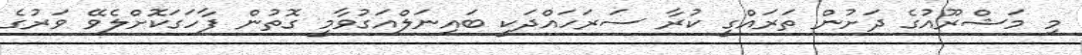
މި މަޝްރޫއުގެ ދަށުން ތަރައްގީ ކުރާ ސަރަހައްދަކީ ބައިނަލްއަގުވާމީ ގޮތުން ފާހަގަކޮށްލެވޭ ވަރުގެ